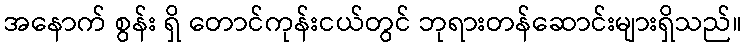
အနောက် စွန်း ရှိ တောင်ကုန်းငယ်တွင် ဘုရားတန်ဆောင်းများရှိသည်။